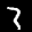
Label: 3